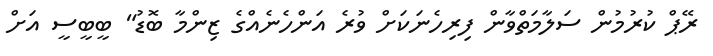
ރޭޕް ކުރުމުން ސަލާމަތްވާން ފިރިހެނަކަށް ވުރެ އަންހެނެއްގެ ޒިންމާ ބޮޑު" ބީބީސީ އަށް